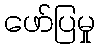
ဖော်ပြမှု